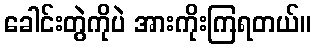
ခေါင်းတွဲကိုပဲ အားကိုးကြရတယ်။